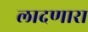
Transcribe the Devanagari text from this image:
लादणारा